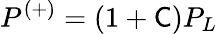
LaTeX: P^{(+)}=(1+{\mathsf{C}})P_{L}